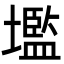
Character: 壏